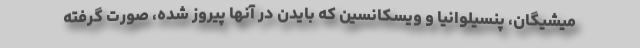
میشیگان، پنسیلوانیا و ویسکانسین که بایدن در آنها پیروز شده، صورت گرفته